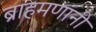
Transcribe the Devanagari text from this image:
ब्राहमणांनी